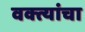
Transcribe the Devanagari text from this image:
वक्त्यांचा